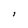
Character: i